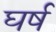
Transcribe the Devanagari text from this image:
घर्ष